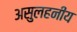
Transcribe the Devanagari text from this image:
असुलहनीय